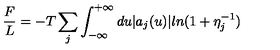
\frac { F } { L } = - T \sum _ { j } \int _ { - \infty } ^ { + \infty } d u | a _ { j } ( u ) | l n ( 1 + \eta _ { j } ^ { - 1 } )